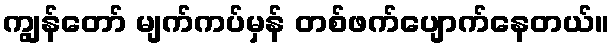
ကျွန်တော် မျက်ကပ်မှန် တစ်ဖက်ပျောက်နေတယ်။